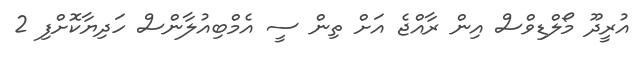
އުރީދޫ މޯލްޑިވްސް އިން ރާއްޖެ އަށް ތިން ސީ އެމްބިއުލާންސް ހަދިޔާކޮށްފި 2